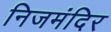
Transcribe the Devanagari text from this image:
निजमंदिर